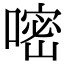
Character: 嘧